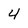
Character: 4